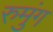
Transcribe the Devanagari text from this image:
रुमुंग